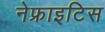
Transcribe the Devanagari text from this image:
नेफ्राइटिस